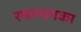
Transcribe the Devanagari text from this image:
रमानायका